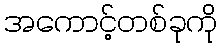
အကောင့်တစ်ခုကို